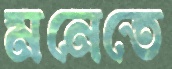
মনেতে